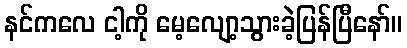
နင်ကလေ ငါ့ကို မေ့လျော့သွားခဲ့ပြန်ပြီနော်။